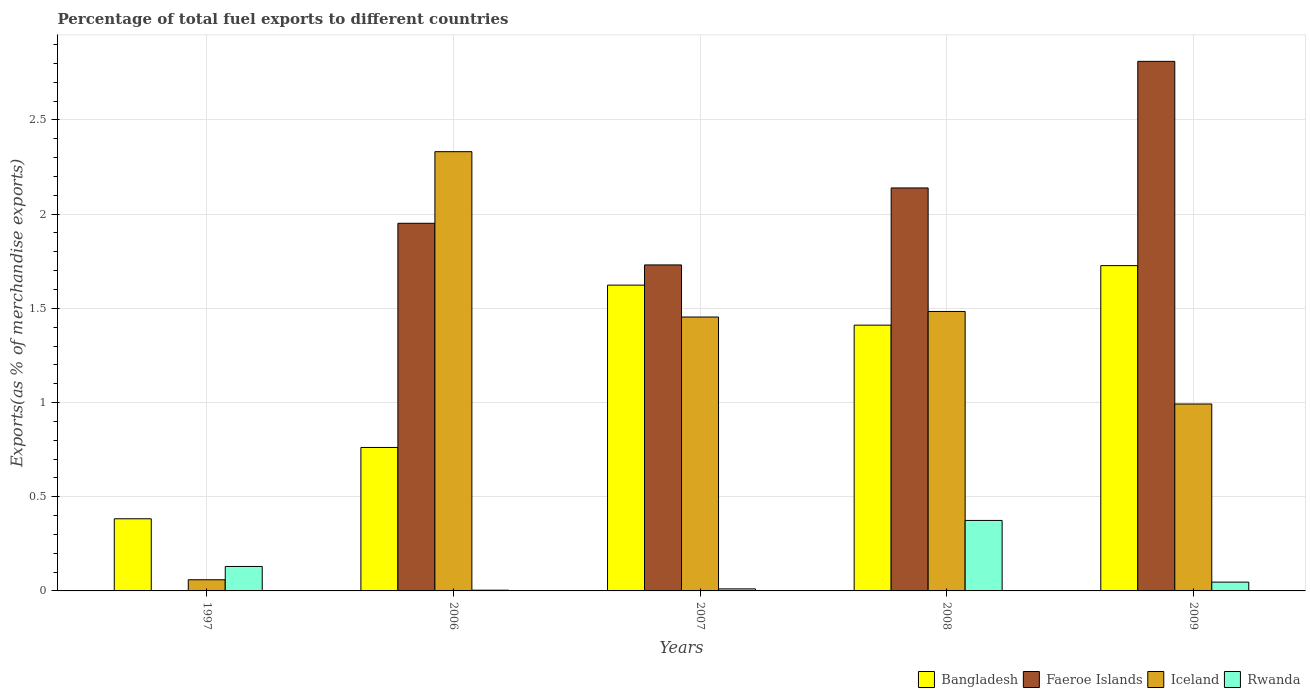
| Years | Bangladesh | Faeroe Islands | Iceland | Rwanda |
 | --- | --- | --- | --- | --- |
 | 1997 | 0.383 | 0.00102 | 0.0593 | 0.13 |
 | 2006 | 0.761 | 1.95 | 2.33 | 0.00387 |
 | 2007 | 1.62 | 1.73 | 1.45 | 0.0108 |
 | 2008 | 1.41 | 2.14 | 1.48 | 0.374 |
 | 2009 | 1.73 | 2.81 | 0.992 | 0.0467 |